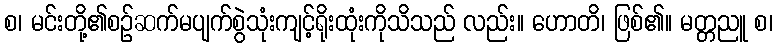
စ၊ မင်းတို့၏စဉ်ဆက်မပျက်စွဲသုံးကျင့်ရိုးထုံးကိုသိသည် လည်း။ ဟောတိ၊ ဖြစ်၏။ မတ္တညူ စ၊